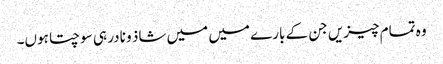
وہ تمام چیزیں جن کے بارے میں میں شاذ و نادر ہی سوچتا ہوں۔